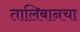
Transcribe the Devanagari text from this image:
तालिबानचा